Annual report of the Punjab Veterinary College and of the Civil Veterinary Department, Punjab - 1926-1932
Year: 1926
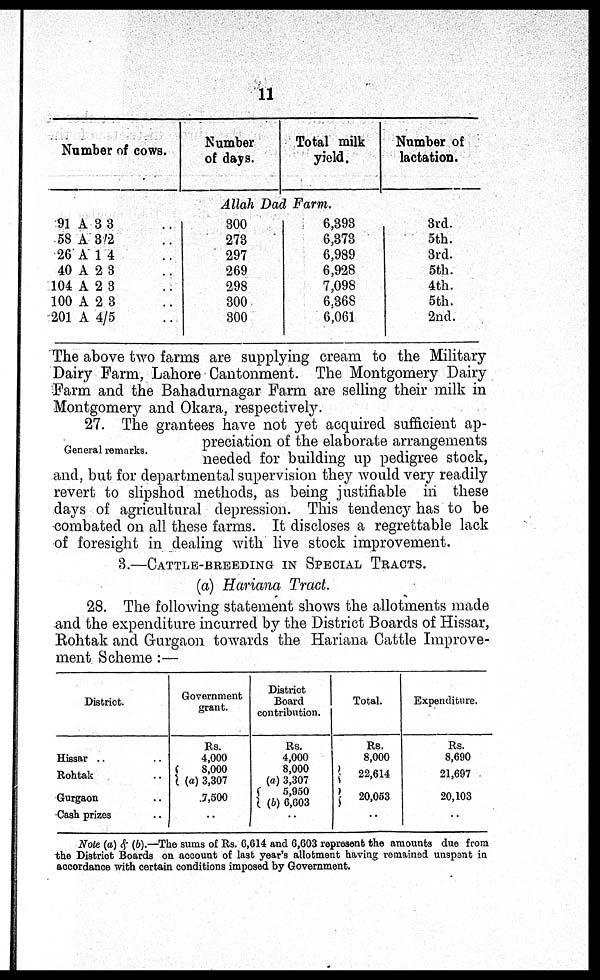
11
Number of cows.
91 A 3/3
58 A 3/2
26 A 1/4
40 A 2/3
104 A 2/3
100 A 2/3
201 A 4/5
..
..
..
..
..
..
..
Number
of days.
Total milk
yield.
Allah Dad Farm.
300
273
297
269
298
300
300
6,393
6,373
6,989
6,928
7,098
6,368
6,061
Number of
lactation.
3rd.
5th.
3rd.
5th.
4th.
5th.
2nd.
The above two farms are supplying cream to the Military
Dairy Farm, Lahore Cantonment. The Montgomery Dairy
Farm and the Bahadurnagar Farm are selling their milk in
Montgomery and Okara, respectively.
General remarks.
27. The grantees have not yet acquired sufficient ap-
preciation of the elaborate arrangements
needed for building up pedigree stock,
and, but for departmental supervision they would very readily
revert to slipshod methods, as being justifiable in these
days of agricultural depression. This tendency has to be
combated on all these farms. It discloses a regrettable lack
of foresight in dealing with live stock improvement.
3.—CATTLE-BREEDING IN SPECIAL TRACTS.
(a) Hariana Tract.
28. The following statement shows the allotments made
and the expenditure incurred by the District Boards of Hissar,
Rohtak and Gurgaon towards the Hariana Cattle Improve-
ment Scheme :—
District.
Hissar .. ..
Rohtak ..
Gurgaon ..
Cash prizes ..
Government
grant.
Rs.
4,000
8,000
(a) 3,307
7,500
..
District
Board
contribution.
Rs.
4,000
8,000
(a) 3,307
5,950
(b) 6,603
..
Total.
Rs.
8,000
22,614
20,053
..
Expenditure.
Rs.
8,690
21,697
20,103
..
Note (a) & (b).—The sums of Rs. 6,614 and 6,603 represent the amounts due from
the District Boards on account of last year's allotment having remained unspent in
accordance with certain conditions imposed by Government.